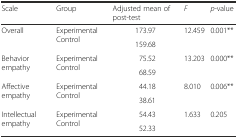
| Scale | Group | Adjusted mean of post-test | F | p-value |
 | --- | --- | --- | --- | --- |
 | <ROWSPAN=2> Overall | <ROWSPAN=2> Experimental Control | 173.97 | <ROWSPAN=2> 12.459 | <ROWSPAN=2> 0.001** |
 | 159.68 |
 | <ROWSPAN=2> Behavior empathy | <ROWSPAN=2> Experimental Control | 75.52 | <ROWSPAN=2> 13.203 | <ROWSPAN=2> 0.000** |
 | 68.59 |
 | <ROWSPAN=2> Affective empathy | <ROWSPAN=2> Experimental Control | 44.18 | <ROWSPAN=2> 8.010 | <ROWSPAN=2> 0.006** |
 | 38.61 |
 | <ROWSPAN=2> Intellectual empathy | <ROWSPAN=2> Experimental Control | 54.43 | <ROWSPAN=2> 1.633 | <ROWSPAN=2> 0.205 |
 | 52.33 |